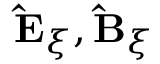
\mathbf { \hat { E } } _ { \xi } , \mathbf { \hat { B } } _ { \xi }